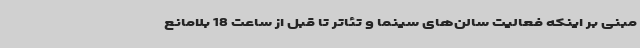
مبنی بر اینکه فعالیت سالن‌های سینما و تئاتر تا قبل از ساعت 18 بلامانع